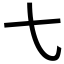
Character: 𫠠